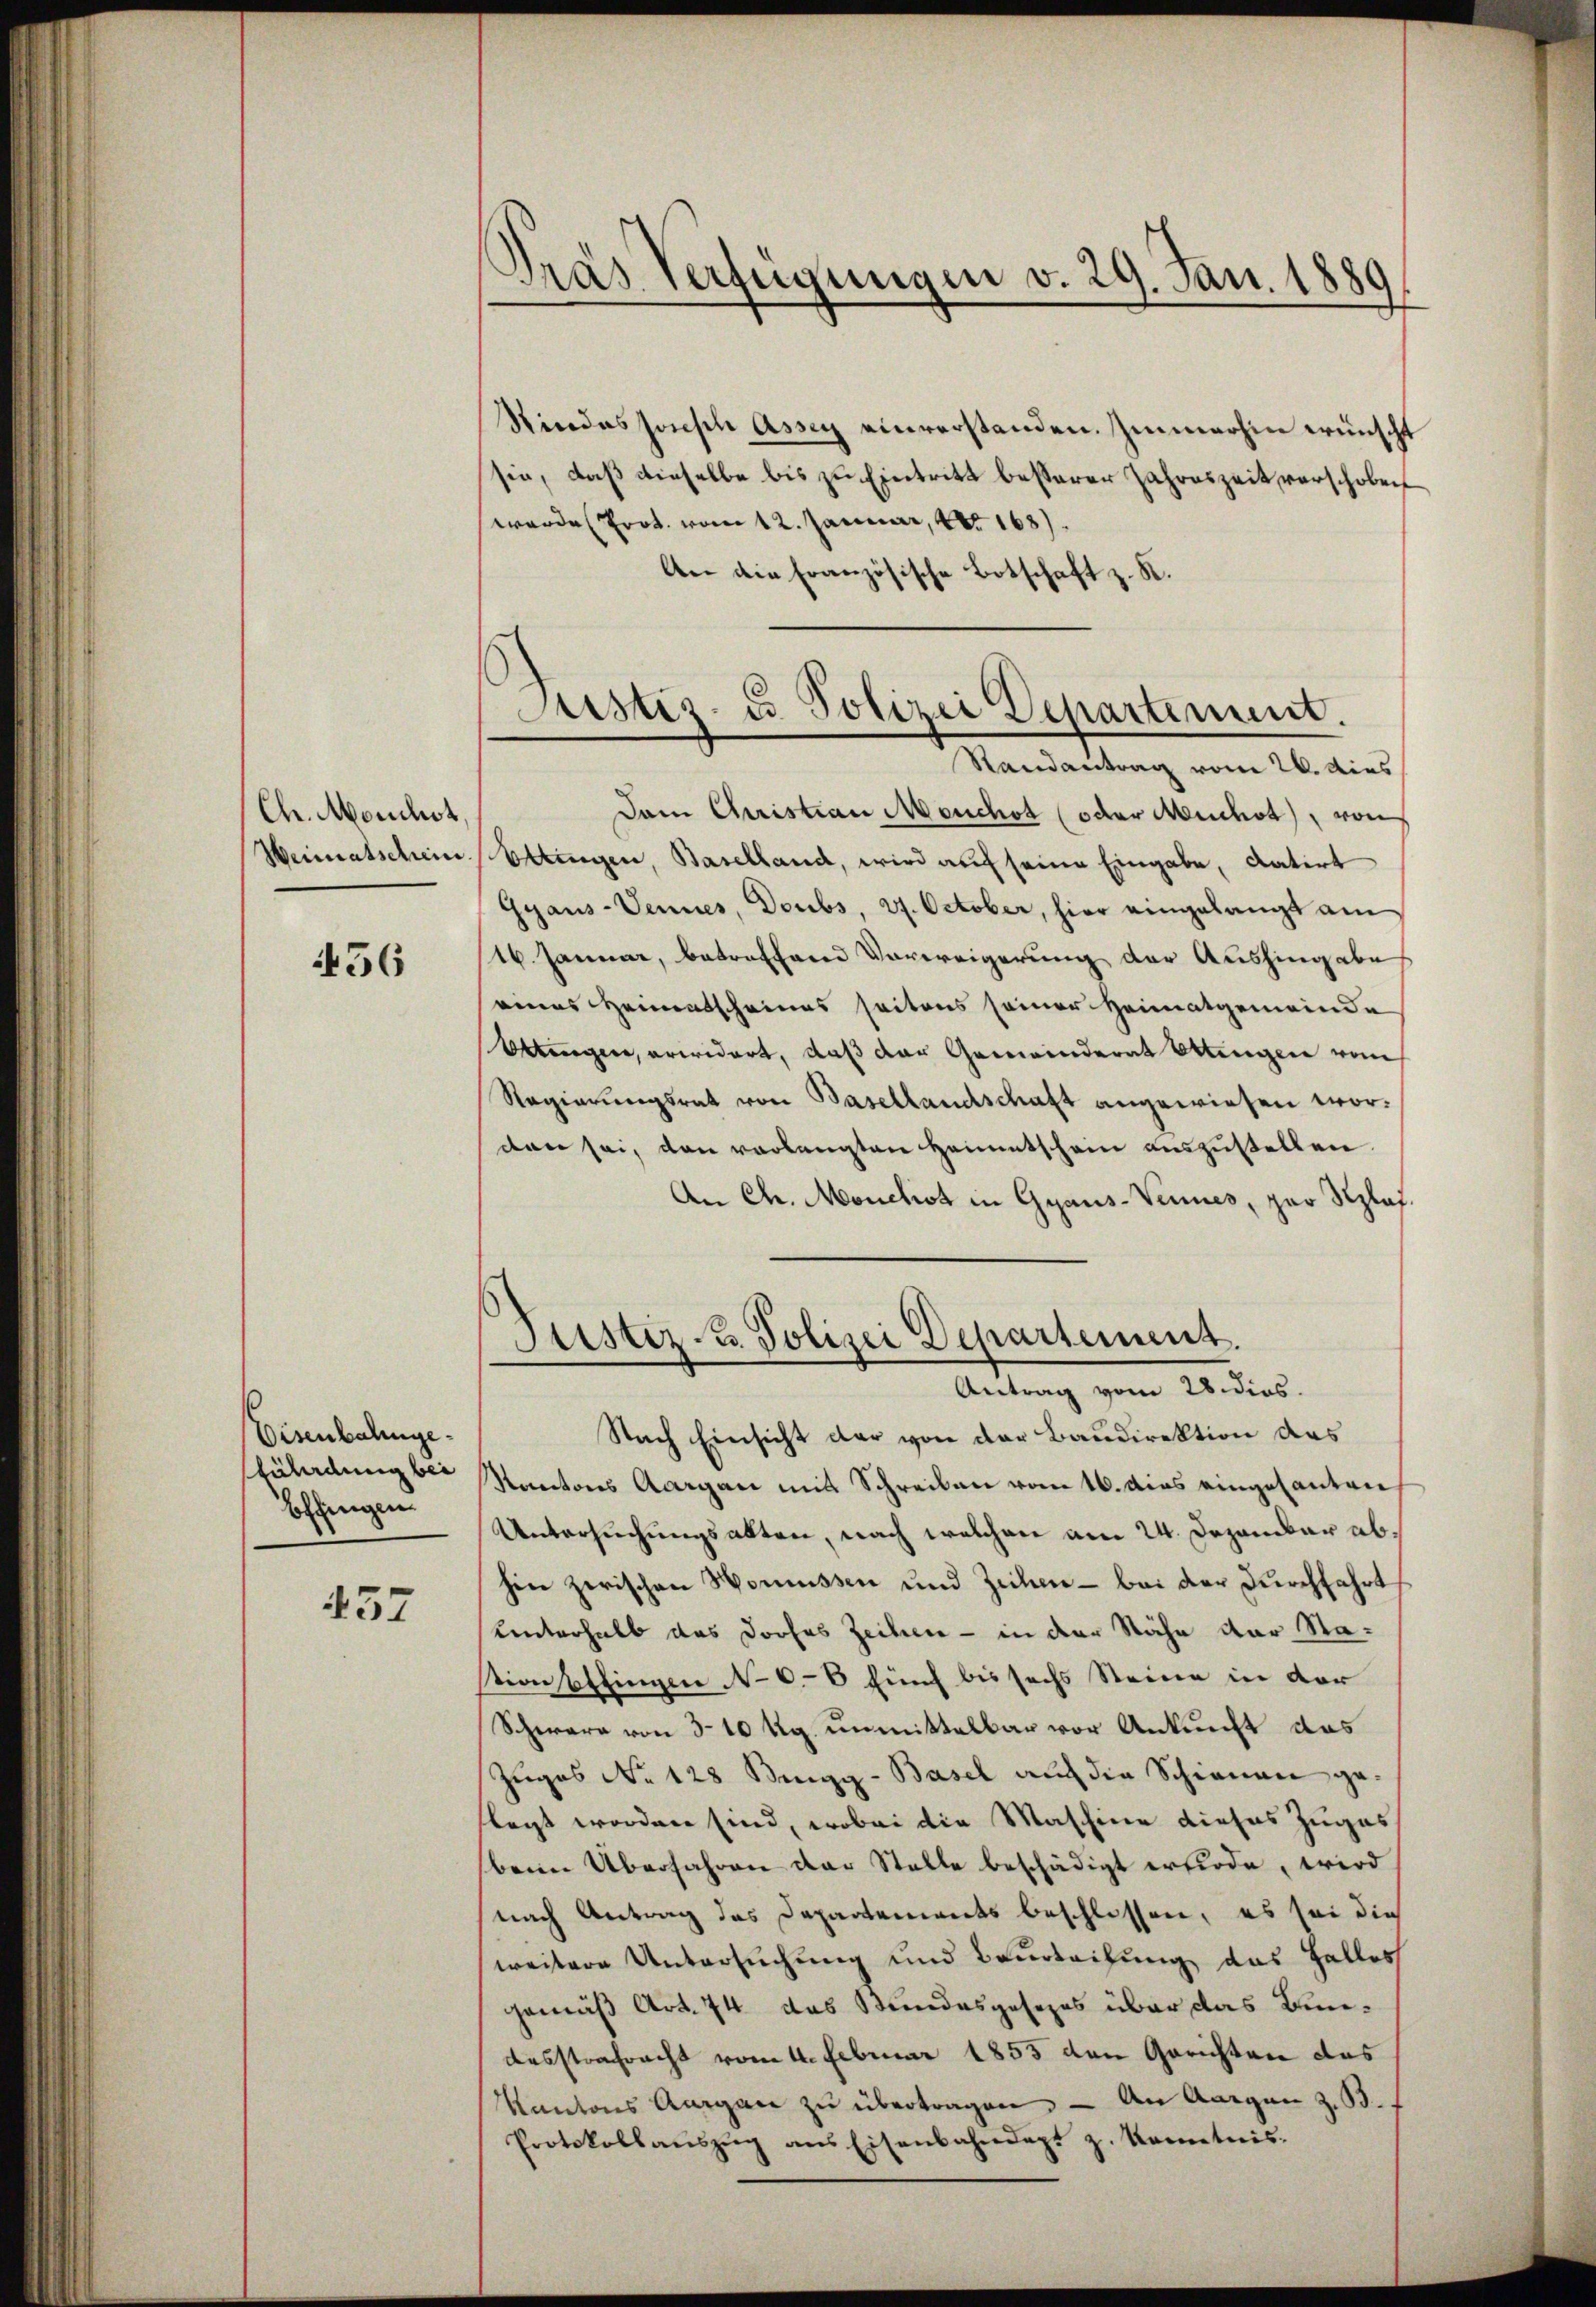
Ch. Morchst,

456

Eisenbahngetäladung bei
Effingen

437

Dras Verfügungen v. 29. Jan. 1889

Rindessensch Assey einverstanden. Immerhin wünscht
sie, daß dieselbe bis zu Eintritt besserer Jahreszeit verschoben
werde Prot. vom 12. Januar 18168).
An die französische Botschaft z. K.
Dem Christian Meuchet (oder Meuchet, von
Weimatschein Ettingen, Baselland, wird auf seine Eingabe, datirt
Gyaus-Sennes, Doubs, 27. October, hier eingelangt am
16. Januar, betreffend Verweigerung der Aushingabe
eines Heimatscheines seitens seiner Heimatgemeinde
Obtingen, erwidert, daβ der Gemeinderat Ottengen vom
Regierŭngsrat von Basellandschaft angewiesen wordten sei, den verlangten Heimatschein auszustellen.
An Chr. Mouchot in Gyaus-Vernes, par Splaf.
Justiz- u. Polizei Departement.
Antrag vom 28. dies.
Nach Einsicht der von der Baudirektion das
Kantons Aargau mit Schreiben vom 16. dies eingesanten
Untersuchungsakten, nach welchen am 24. Dezember abhen zerischen Homüssen und Zechen - bei der Durchfahrt
Unterhalb das drohes Zeihen - in der Nähe der Stastionspflingen No 66 fünf bis sechs Steine in der
Schwere von 3 10 Kg. unmittelbar vor Ankunft das
Zugos No 128 Beugg-Basel auch die Schienen geflegt worden sind, wobei die Maschine dieses Zuges
beim Überfahren der Stelle beschädigt erfode, wird
nach Antrag des Departements beschlossen, es sei die
weitere Untersuchung und Beurteilung das Halles
gemäß Art. 74 das Stundesgesezes über das Bun¬
Ausstrafracht vom 4. Februar 1853 den Gerichten das
Kantons Aargau zŭ übertragen. — An Aargau z. B.
Protokollaŭszŭg ans Eisenbahndept z. Kenntnis.

Justiz- u. Polizei Departement.
Randantrag vom 26. dies